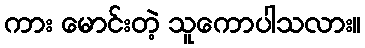
ကား မောင်းတဲ့ သူကောပါသလား။